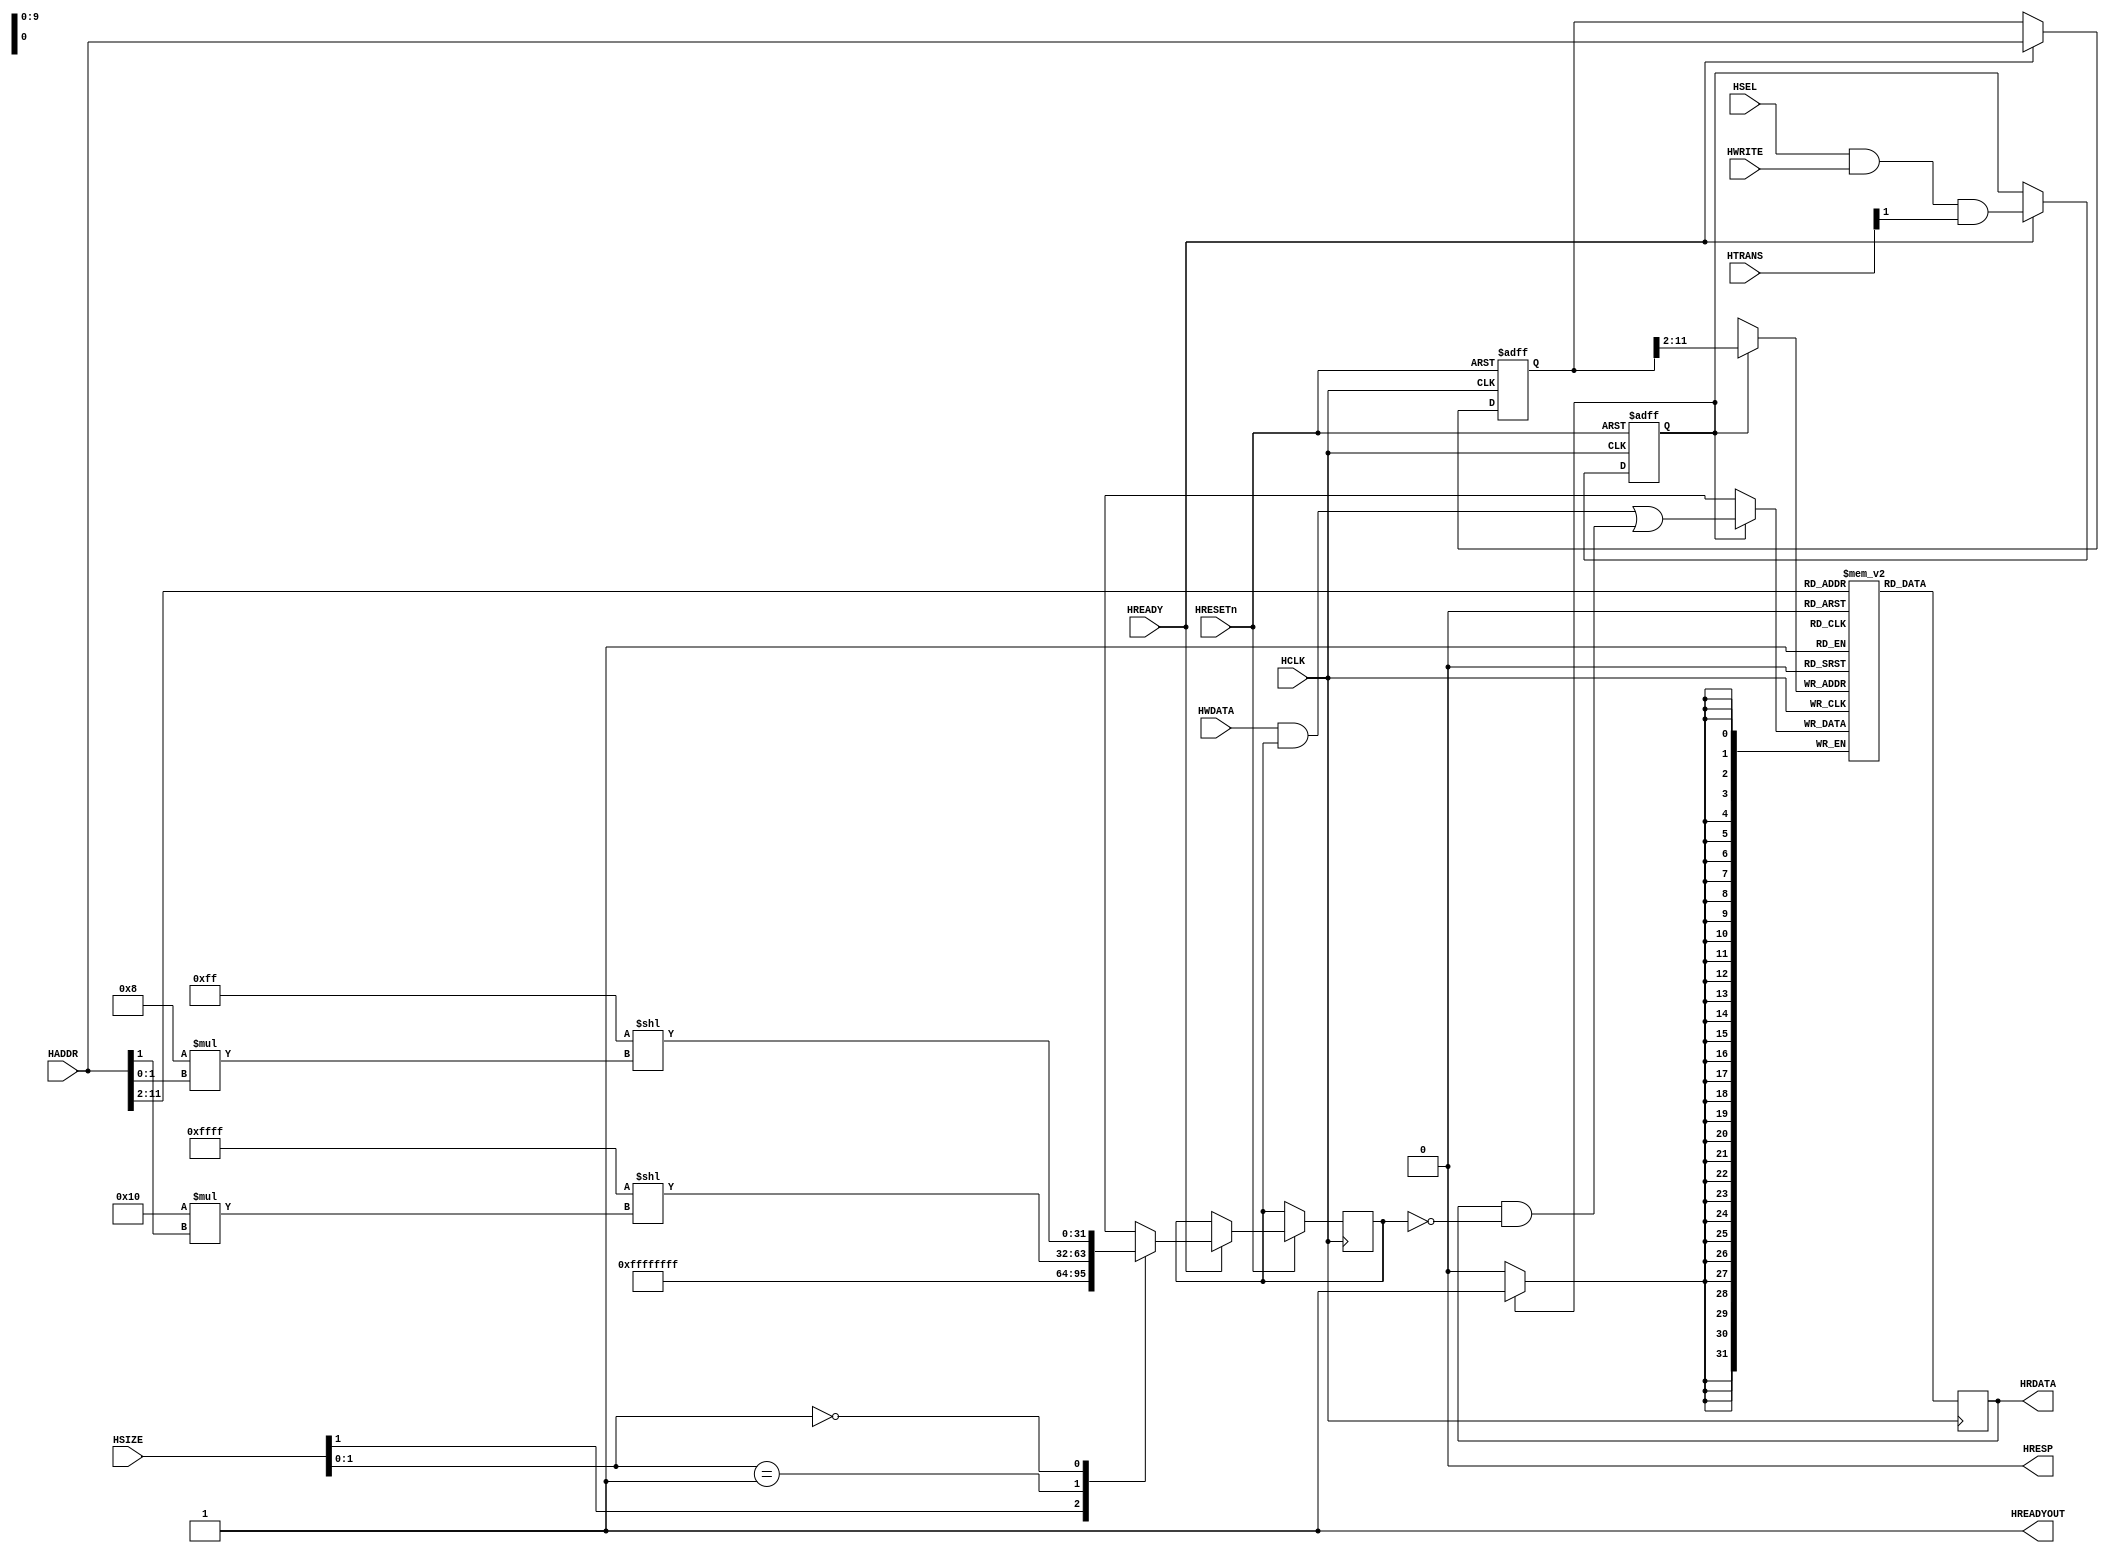
// This program was cloned from: https://github.com/verimake-team/SparkRoad-V
// License: MIT License


////////////////////////////////////////////////////////////////////////////////
// AHB-Lite Memory Module
////////////////////////////////////////////////////////////////////////////////
module AHB2MEM
   #(parameter MEMWIDTH = 12)               // Size = 4KB
   (
   input wire           HSEL,
   input wire           HCLK,
   input wire           HRESETn,
   input wire           HREADY,
   input wire    [31:0] HADDR,
   input wire     [1:0] HTRANS,
   input wire           HWRITE,
   input wire     [2:0] HSIZE,
   input wire    [31:0] HWDATA,
   output wire          HREADYOUT,
   output reg    [31:0] HRDATA,
   output wire          HRESP
   );

   assign HREADYOUT = 1'b1; // Always ready
   assign HRESP     = 1'b0;
   // Memory Array
   reg  [31:0] memory[0:(2**(MEMWIDTH-2)-1)];

   // Registers to store Adress Phase Signals
   reg  [31:0] hwdata_mask;
   reg         we;
   reg  [31:0] buf_hwaddr;

   // Sample the Address Phase   
   always @(posedge HCLK or negedge HRESETn)
   begin
      if(!HRESETn)
      begin
         we <= 1'b0;
         buf_hwaddr <= 32'h0;
      end
      else
         if(HREADY)
         begin
            we <= HSEL & HWRITE & HTRANS[1];
            buf_hwaddr <= HADDR;
   
            casez (HSIZE[1:0])
               2'b1?: hwdata_mask <=  32'hFFFFFFFF;                        // Word write
               2'b01: hwdata_mask <= (32'h0000FFFF << (16 * HADDR[1]));    // Halfword write
               2'b00: hwdata_mask <= (32'h000000FF << (8 * HADDR[1:0]));   // Byte write
            endcase
          end
   end
   
   // Read and Write Memory
   always @ (posedge HCLK)
   begin
      if(we) 
         memory[buf_hwaddr[MEMWIDTH:2]] <= (HWDATA & hwdata_mask) | (HRDATA & ~hwdata_mask);
         
      HRDATA = memory[HADDR[MEMWIDTH:2]];
   end

endmodule